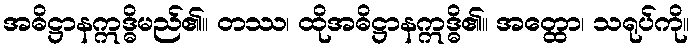
အဓိဋ္ဌာနဣဒ္ဓိမည်၏။ တဿ၊ ထိုအဓိဋ္ဌာနဣဒ္ဓိ၏။ အတ္ထော၊ သရုပ်ကို။